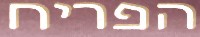
הפריח